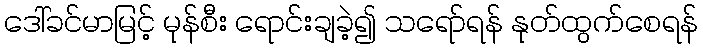
ဒေါ်ခင်မာမြင့် မုန်စီး ရောင်းချခဲ့၍ သရော်ရန် နုတ်ထွက်စေရန်